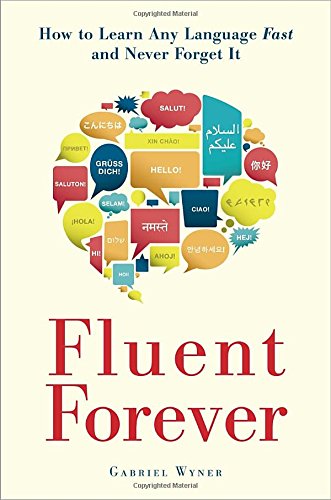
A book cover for Fluent Forever: How to Learn Any Language Fast and Never Forget It; Gabriel Wyner; Self-Help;